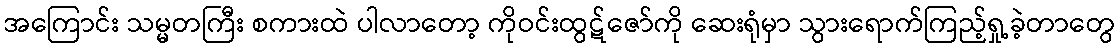
အကြောင်း သမ္မတကြီး စကားထဲ ပါလာတော့ ကိုဝင်းထွဋ်ဇော်ကို ဆေးရုံမှာ သွားရောက်ကြည့်ရှု့ခဲ့တာတွေ